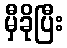
မှီခိုပြီး